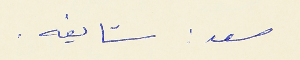
سعد : شايفه .